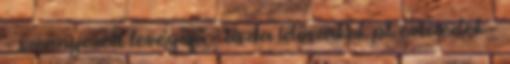
– szennyezett levegőjű – tiszta időszakok pl. évtizedek –